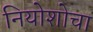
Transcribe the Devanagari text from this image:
नियोशोचा